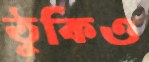
ঠুকিও